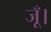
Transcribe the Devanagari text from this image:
जूँ।